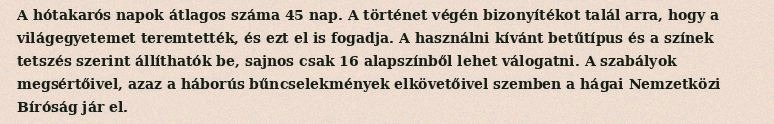
A hótakarós napok átlagos száma 45 nap. A történet végén bizonyítékot talál arra, hogy a világegyetemet teremtették, és ezt el is fogadja. A használni kívánt betűtípus és a színek tetszés szerint állíthatók be, sajnos csak 16 alapszínből lehet válogatni. A szabályok megsértőivel, azaz a háborús bűncselekmények elkövetőivel szemben a hágai Nemzetközi Bíróság jár el.